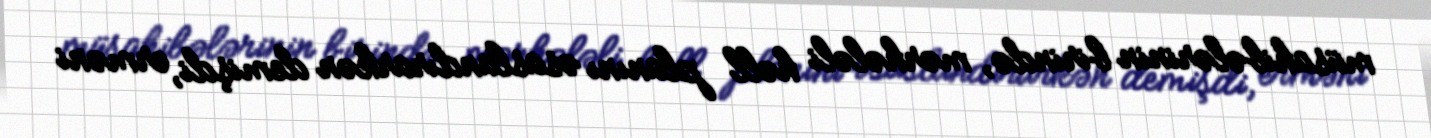
müsahibələrinin birində, mərhələli həll planını əsaslandırarkən demişdi, erməni